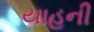
યાહૂની